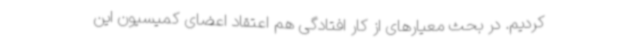
کردیم. در بحث معیارهای از کار افتادگی هم اعتقاد اعضای کمیسیون این